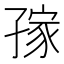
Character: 𱙿